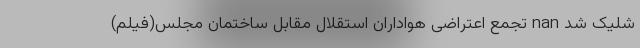
شلیک شد nan تجمع اعتراضی هواداران استقلال مقابل ساختمان مجلس(فیلم)